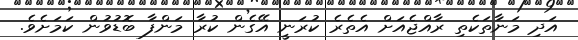
އަދި މަނާތަކެތި ރާއްޖެއަށް އެތެރެ ކުރަނީ އޭގެން ކުރާ މަންފާ ބޮޑުވުން ކަމަށެވެ.